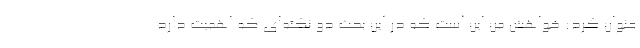
عنوان کرد: خواهش من این است که در این بحث دو نکته‌ای که اهمیت دارد